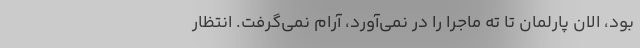
بود، الان پارلمان تا ته ماجرا را در نمی‌آورد، آرام نمی‌گرفت. انتظار